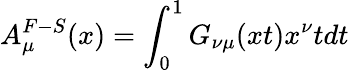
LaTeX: A_{\mu}^{F-S}(x)=\int_{0}^{1}G_{\nu\mu}(xt)x^{\nu}tdt